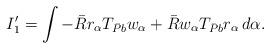
LaTeX: \begin{align*}I'_1 = \int -\bar{R}r_{\alpha}T_{\bar P b} w_{\alpha}+\bar{R}w_{\alpha}T_{\bar P b} r_{\alpha} \, d\alpha .\end{align*}